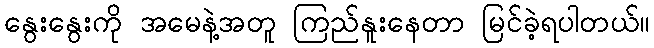
နွေးနွေးကို အမေနဲ့အတူ ကြည်နူးနေတာ မြင်ခဲ့ရပါတယ်။